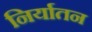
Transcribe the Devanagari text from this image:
निर्यातन